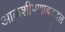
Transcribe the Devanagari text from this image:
आळशीपणाबद्दल